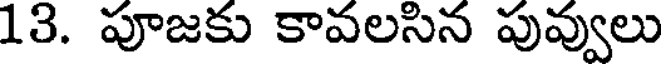
13. పూజకు కావలసిన పువ్వులు